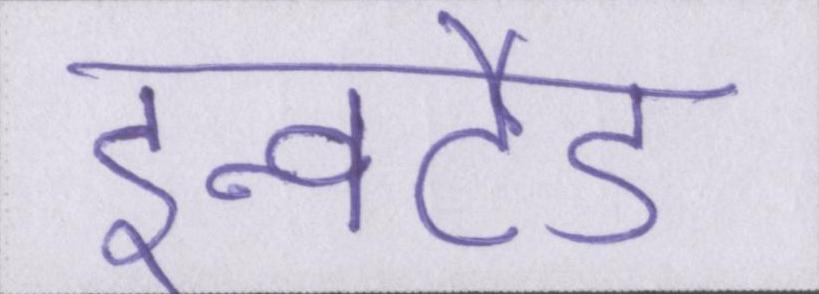
इन्वर्टेड